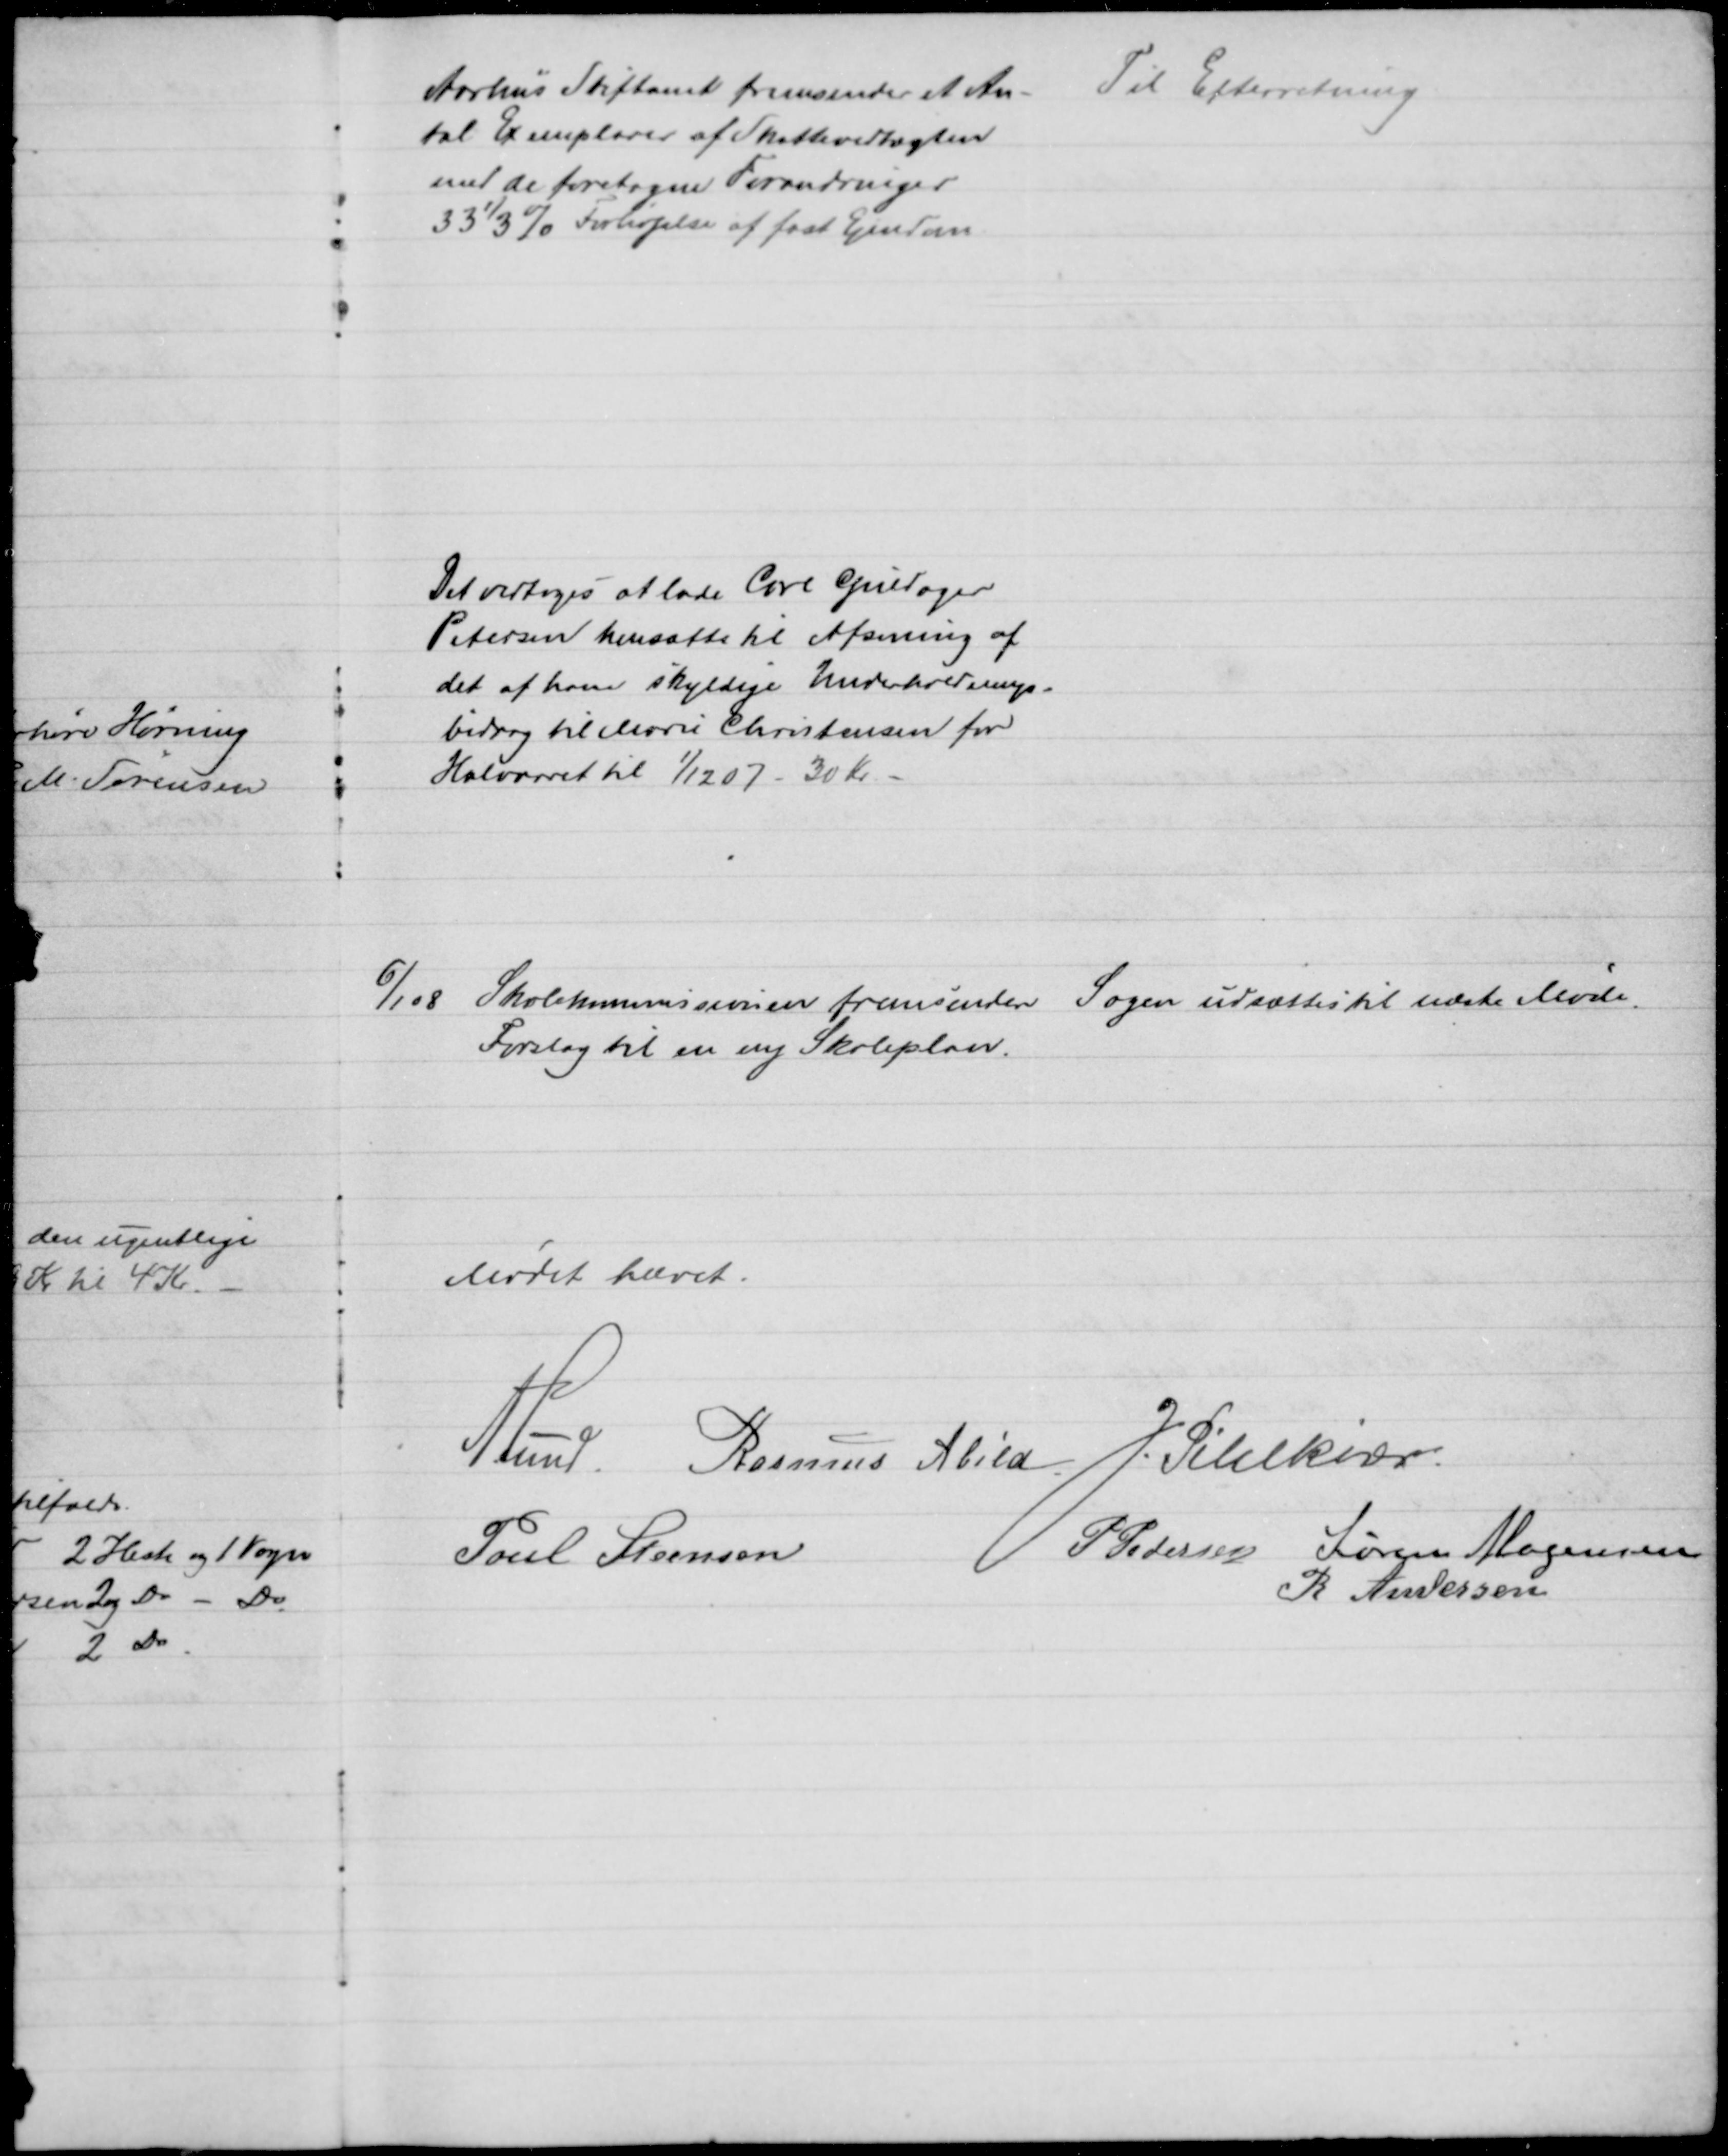
Transskription:
Aarhus Stiftamt fremsender et An- 
tal Exemplarer af Skattevedtægten
med de foretagne Forandringer
33⅓ % Forhøjelse af fast Ejendom
Til Efterretning
Det vedtoges at lade Carl Guldager
Petersen hensætte til Afsoning af 
det af ham skyldige Underholdnings-
bidrag til Marie Christensen for
Halvaaret til 1/12 07 - 30 Kr.
6/1 08 Skolekommissionen fremsender 
Forslag til en ny Skoleplan.
Sagen udsættes til næste Møde.
Mødet hævet.
A Lund. Rasmus Abild J. Pihlkiær
Poul Steensen
P. Pedersen Søren Mogensen
R Andersen